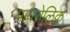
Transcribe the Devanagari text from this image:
पायरोलिक